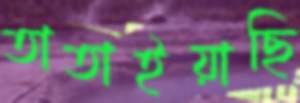
তাতাইয়াছি